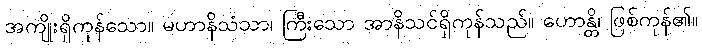
အကျိုးရှိကုန်သော။ မဟာနိသံသာ၊ ကြီးသော အာနိသင်ရှိကုန်သည်။ ဟောန္တိ၊ ဖြစ်ကုန်၏။